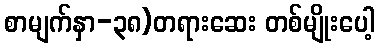
စာမျက်နှာ-၃၈)တရားဆေး တစ်မျိုးပေါ့